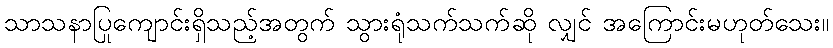
သာသနာပြုကျောင်းရှိသည့်အတွက် သွားရုံသက်သက်ဆို လျှင် အကြောင်းမဟုတ်သေး။